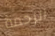
الزحمة